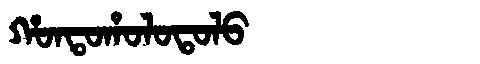
Manchu: ᡥᠣᠨᡨᠣᡥᠣᠯᠣᡨᠣᠯᠣ
Romanization: HONTOHOLOTOLO